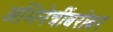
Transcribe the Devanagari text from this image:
अभिनेत्रींबरोबर